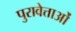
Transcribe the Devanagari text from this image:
पुरावेत्ताओं